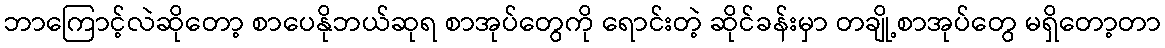
ဘာကြောင့်လဲဆိုတော့ စာပေနိုဘယ်ဆုရ စာအုပ်တွေကို ရောင်းတဲ့ ဆိုင်ခန်းမှာ တချို့စာအုပ်တွေ မရှိတော့တာ